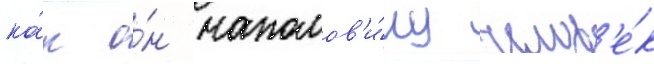
ка́к о́н наполов'и́ну челов'е́к